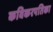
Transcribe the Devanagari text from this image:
कविकरपतिका